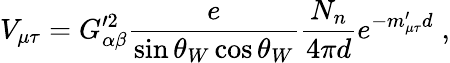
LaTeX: V_{\mu\tau}=G_{\alpha\beta}^{\prime 2}\frac{e}{\sin\theta_{W}\cos\theta_{W}}\frac{N_{n}}{4\pi d}e^{-m_{\mu\tau}^{\prime}d}\; ,